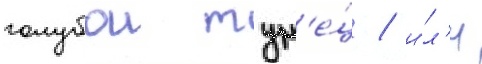
голубои тун'е́ц / и́л'и